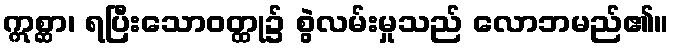
ဣစ္ဆာ၊ ရပြီးသောဝတ္ထု၌ စွဲလမ်းမှုသည် လောဘမည်၏။